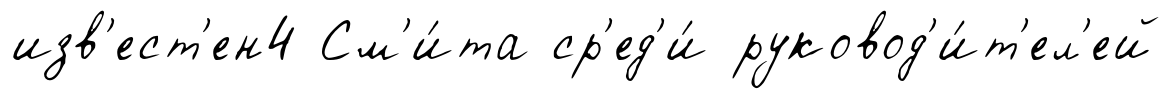
изв'ест'ен4 См'и́та ср'ед'и́ руковод'и́т'ел'ей